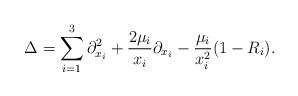
\begin{align*} \Delta=\sum_{i=1}^{3} \partial_{x_i}^2+\frac{2\mu_i}{x_i} \partial_{x_i}-\frac{\mu_i}{x_i^2}(1-R_i).\end{align*}